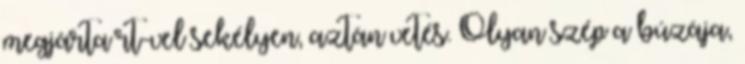
megjárta rt-vel sekélyen, aztán vetés. Olyan szép a búzája,